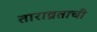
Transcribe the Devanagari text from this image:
ताराव्रताची